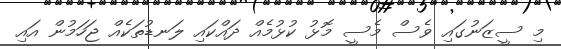
މި ސީޒަނުގައި ވެސް މެސީ މޮޅު ކުޅުމެއް ދައްކައި ލަނޑުތަކެއް ޖަހަމުން އައި